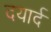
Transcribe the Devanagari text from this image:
दयार्द